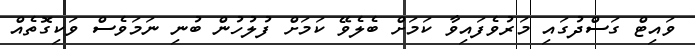
ވައިޓް ގަސްދުގައި މަރުވެފައިވާ ކަމަށް ބެލެވޭ ކަމަށް ފުލުހުން ބުނި ނަމަވެސް ވަކިގޮތެއް